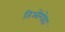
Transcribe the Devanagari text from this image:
तिओंगोहा